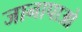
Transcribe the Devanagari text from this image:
जानापाओ